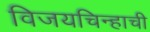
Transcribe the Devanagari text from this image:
विजयचिन्हाची